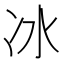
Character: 冰